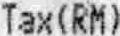
TAX (RM)